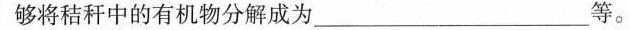
够将秸秆中的有机物分解成为___等。